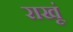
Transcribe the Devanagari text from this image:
राखूं